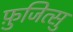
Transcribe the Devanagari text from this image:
फ़ुजित्सु